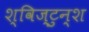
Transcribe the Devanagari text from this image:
श्विज्टुन्श